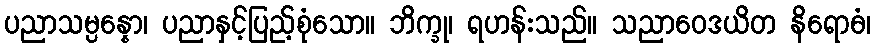
ပညာသမ္ပန္နော၊ ပညာနှင့်ပြည့်စုံသော။ ဘိက္ခု၊ ရဟန်းသည်။ သညာဝေဒယိတ နိရောဓံ၊